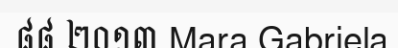
៨៨ ២០១៣ Mara Gabriela